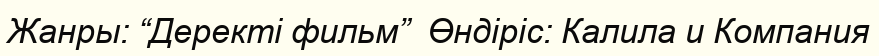
Жанры: “Деректі фильм”  Өндіріс: Калила и Компания